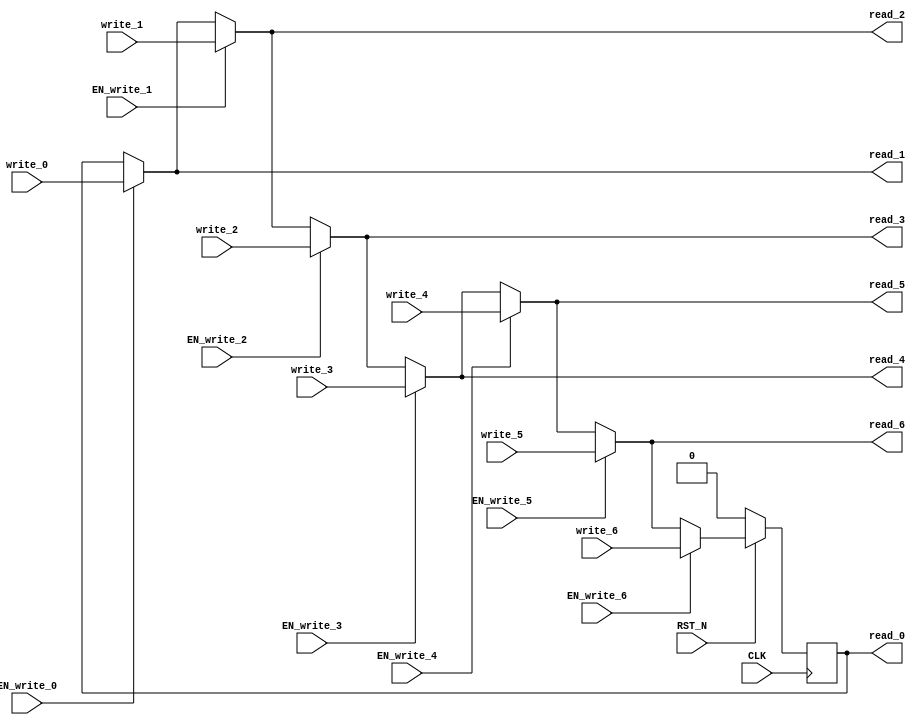
module EHR_7 (
    CLK,
    RST_N,
    read_0,
    write_0,
    EN_write_0,
    read_1,
    write_1,
    EN_write_1,
    read_2,
    write_2,
    EN_write_2,
    read_3,
    write_3,
    EN_write_3,
    read_4,
    write_4,
    EN_write_4,
    read_5,
    write_5,
    EN_write_5,
    read_6,
    write_6,
    EN_write_6
);
    parameter            DATA_SZ = 1;
    parameter            RESET_VAL = 0;
    input                CLK;
    input                RST_N;
    output [DATA_SZ-1:0] read_0;
    input  [DATA_SZ-1:0] write_0;
    input                EN_write_0;
    output [DATA_SZ-1:0] read_1;
    input  [DATA_SZ-1:0] write_1;
    input                EN_write_1;
    output [DATA_SZ-1:0] read_2;
    input  [DATA_SZ-1:0] write_2;
    input                EN_write_2;
    output [DATA_SZ-1:0] read_3;
    input  [DATA_SZ-1:0] write_3;
    input                EN_write_3;
    output [DATA_SZ-1:0] read_4;
    input  [DATA_SZ-1:0] write_4;
    input                EN_write_4;
    output [DATA_SZ-1:0] read_5;
    input  [DATA_SZ-1:0] write_5;
    input                EN_write_5;
    output [DATA_SZ-1:0] read_6;
    input  [DATA_SZ-1:0] write_6;
    input                EN_write_6;
    reg    [DATA_SZ-1:0] r;
    wire   [DATA_SZ-1:0] wire_0;
    wire   [DATA_SZ-1:0] wire_1;
    wire   [DATA_SZ-1:0] wire_2;
    wire   [DATA_SZ-1:0] wire_3;
    wire   [DATA_SZ-1:0] wire_4;
    wire   [DATA_SZ-1:0] wire_5;
    wire   [DATA_SZ-1:0] wire_6;
    wire   [DATA_SZ-1:0] wire_7;
    assign wire_0 = r;
    assign wire_1 = EN_write_0 ? write_0 : wire_0;
    assign wire_2 = EN_write_1 ? write_1 : wire_1;
    assign wire_3 = EN_write_2 ? write_2 : wire_2;
    assign wire_4 = EN_write_3 ? write_3 : wire_3;
    assign wire_5 = EN_write_4 ? write_4 : wire_4;
    assign wire_6 = EN_write_5 ? write_5 : wire_5;
    assign wire_7 = EN_write_6 ? write_6 : wire_6;
    assign read_0 = wire_0;
    assign read_1 = wire_1;
    assign read_2 = wire_2;
    assign read_3 = wire_3;
    assign read_4 = wire_4;
    assign read_5 = wire_5;
    assign read_6 = wire_6;
    always @(posedge CLK) begin
        if (RST_N == 0) begin
            r <= RESET_VAL;
        end else begin
            r <= wire_7;
        end
    end
endmodule